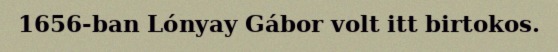
1656-ban Lónyay Gábor volt itt birtokos.